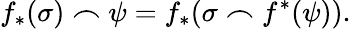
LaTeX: f_{*}(\sigma)\frown\psi=f_{*}(\sigma\frown f^{*}(\psi)).